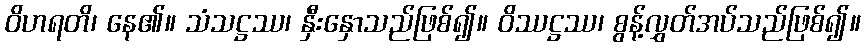
ဝိဟရတိ၊ နေ၏။ သံသဋ္ဌဿ၊ နှီးနှောသည်ဖြစ်၍။ ဝိဿဋ္ဌဿ၊ စွန့်လွှတ်အပ်သည်ဖြစ်၍။